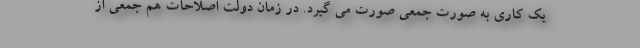
یک کاری به صورت جمعی صورت می گیرد. در زمان دولت اصلاحات هم جمعی از